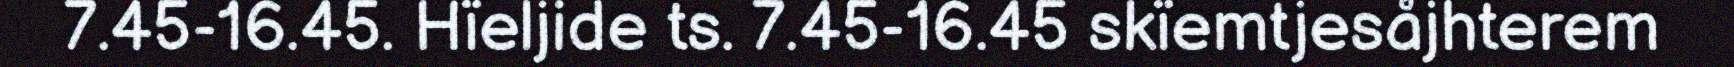
7.45-16.45. Hïeljide ts. 7.45-16.45 skïemtjesåjhterem